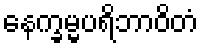
နေက္ခမ္မပရိဘာဝိတံ